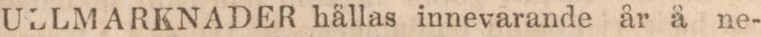
ULLMARKNADER hållas innevarande år å ne-